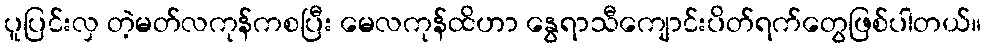
ပူပြင်းလှ တဲ့မတ်လကုန်ကစပြီး မေလကုန်ထိဟာ နွေရာသီကျောင်းပိတ်ရက်တွေဖြစ်ပါတယ်။